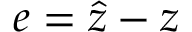
e = { \hat { z } } - z